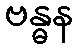
ဗန္ဓန